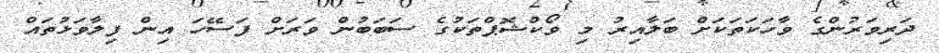
ދަރިވަރުންގެ ވާހަކަތަކަށް ބަލާއިރު މި ވޯކްޝޮޕްތަކުގެ ސަބަބުން ވަރަށް ފަސޭހަ އިން ފިލާވަޅުތައް